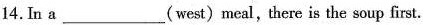
14. In a ___ (west) meal, there is the soup first.